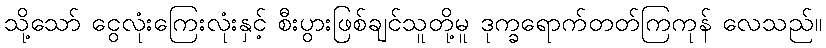
သို့သော် ငွေလုံးကြေးလုံးနှင့် စီးပွားဖြစ်ချင်သူတို့မူ ဒုက္ခရောက်တတ်ကြကုန် လေသည်။